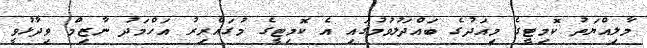
މާލިއްޔަތު ކޮމިޓީގެ މިއަދުގެ ބައްދަލުވުމުގައި އެ ކޮމިޓީގެ މުގައްރިރު އަހްމަދު ނާޒިމް ވިދާޅުވީ